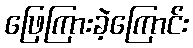
ဖြေကြားခဲ့ကြောင်း